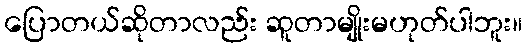
ပြောတယ်ဆိုတာလည်း ဆူတာမျိုးမဟုတ်ပါဘူး။